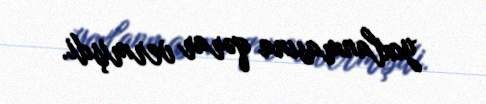
yoxlanmasına qərar vermişdi.